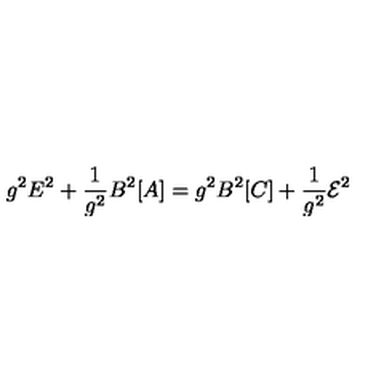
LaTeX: g ^ { 2 } E ^ { 2 } + \frac { 1 } { g ^ { 2 } } B ^ { 2 } [ A ] = g ^ { 2 } B ^ { 2 } [ C ] + \frac { 1 } { g ^ { 2 } } { \cal E } ^ { 2 }